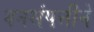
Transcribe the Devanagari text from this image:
वनसंपत्तीने